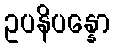
ဥပနိပန္နော